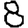
Digit: 8